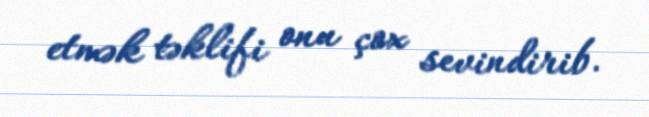
etmək təklifi onu çox sevindirib.